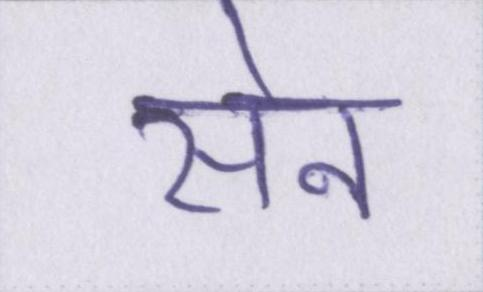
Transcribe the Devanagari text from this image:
सेन